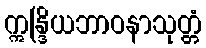
ဣန္ဒြိယဘာဝနာသုတ္တံ